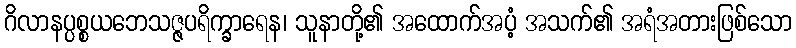
ဂိလာနပ္ပစ္စယဘေသဇ္ဇပရိက္ခာရေန၊ သူနာတို့၏ အထောက်အပံ့ အသက်၏ အရံအတားဖြစ်သော